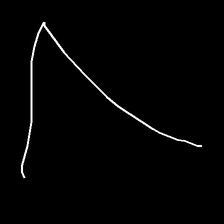
Glyph: region